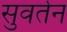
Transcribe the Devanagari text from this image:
सुवर्तन